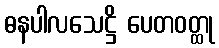
ဓနပါလသေဋ္ဌိ ပေတဝတ္ထု